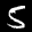
Label: 5